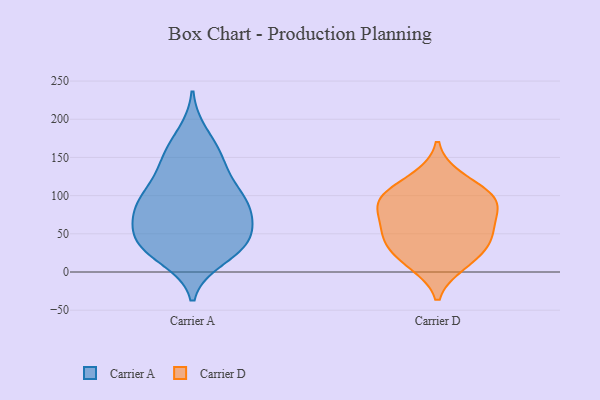
{"axis": {"x": "Active Users", "y": "Value"}, "legend": ["Carrier A", "Carrier D"], "data": [{"x": "", "y": 37, "type": "Carrier A"}, {"x": "", "y": 121, "type": "Carrier A"}, {"x": "", "y": 88, "type": "Carrier A"}, {"x": "", "y": 85, "type": "Carrier A"}, {"x": "", "y": 100, "type": "Carrier A"}, {"x": "", "y": 45, "type": "Carrier A"}, {"x": "", "y": 154, "type": "Carrier A"}, {"x": "", "y": 38, "type": "Carrier A"}, {"x": "", "y": 83, "type": "Carrier A"}, {"x": "", "y": 96, "type": "Carrier A"}, {"x": "", "y": 153, "type": "Carrier A"}, {"x": "", "y": 19, "type": "Carrier A"}, {"x": "", "y": 28, "type": "Carrier A"}, {"x": "", "y": 65, "type": "Carrier A"}, {"x": "", "y": 83, "type": "Carrier A"}, {"x": "", "y": 180, "type": "Carrier A"}, {"x": "", "y": 34, "type": "Carrier A"}, {"x": "", "y": 139, "type": "Carrier A"}, {"x": "", "y": 47, "type": "Carrier A"}, {"x": "", "y": 123, "type": "Carrier D"}, {"x": "", "y": 66, "type": "Carrier D"}, {"x": "", "y": 94, "type": "Carrier D"}, {"x": "", "y": 99, "type": "Carrier D"}, {"x": "", "y": 11, "type": "Carrier D"}, {"x": "", "y": 19, "type": "Carrier D"}, {"x": "", "y": 95, "type": "Carrier D"}, {"x": "", "y": 39, "type": "Carrier D"}, {"x": "", "y": 44, "type": "Carrier D"}, {"x": "", "y": 54, "type": "Carrier D"}, {"x": "", "y": 88, "type": "Carrier D"}]}